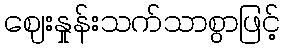
ဈေးနှုန်းသက်သာစွာဖြင့်